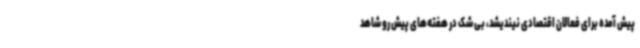
پیش آمده برای فعالان اقتصادی نیندیشد، بی شک در هفته‌های پیش رو شاهد